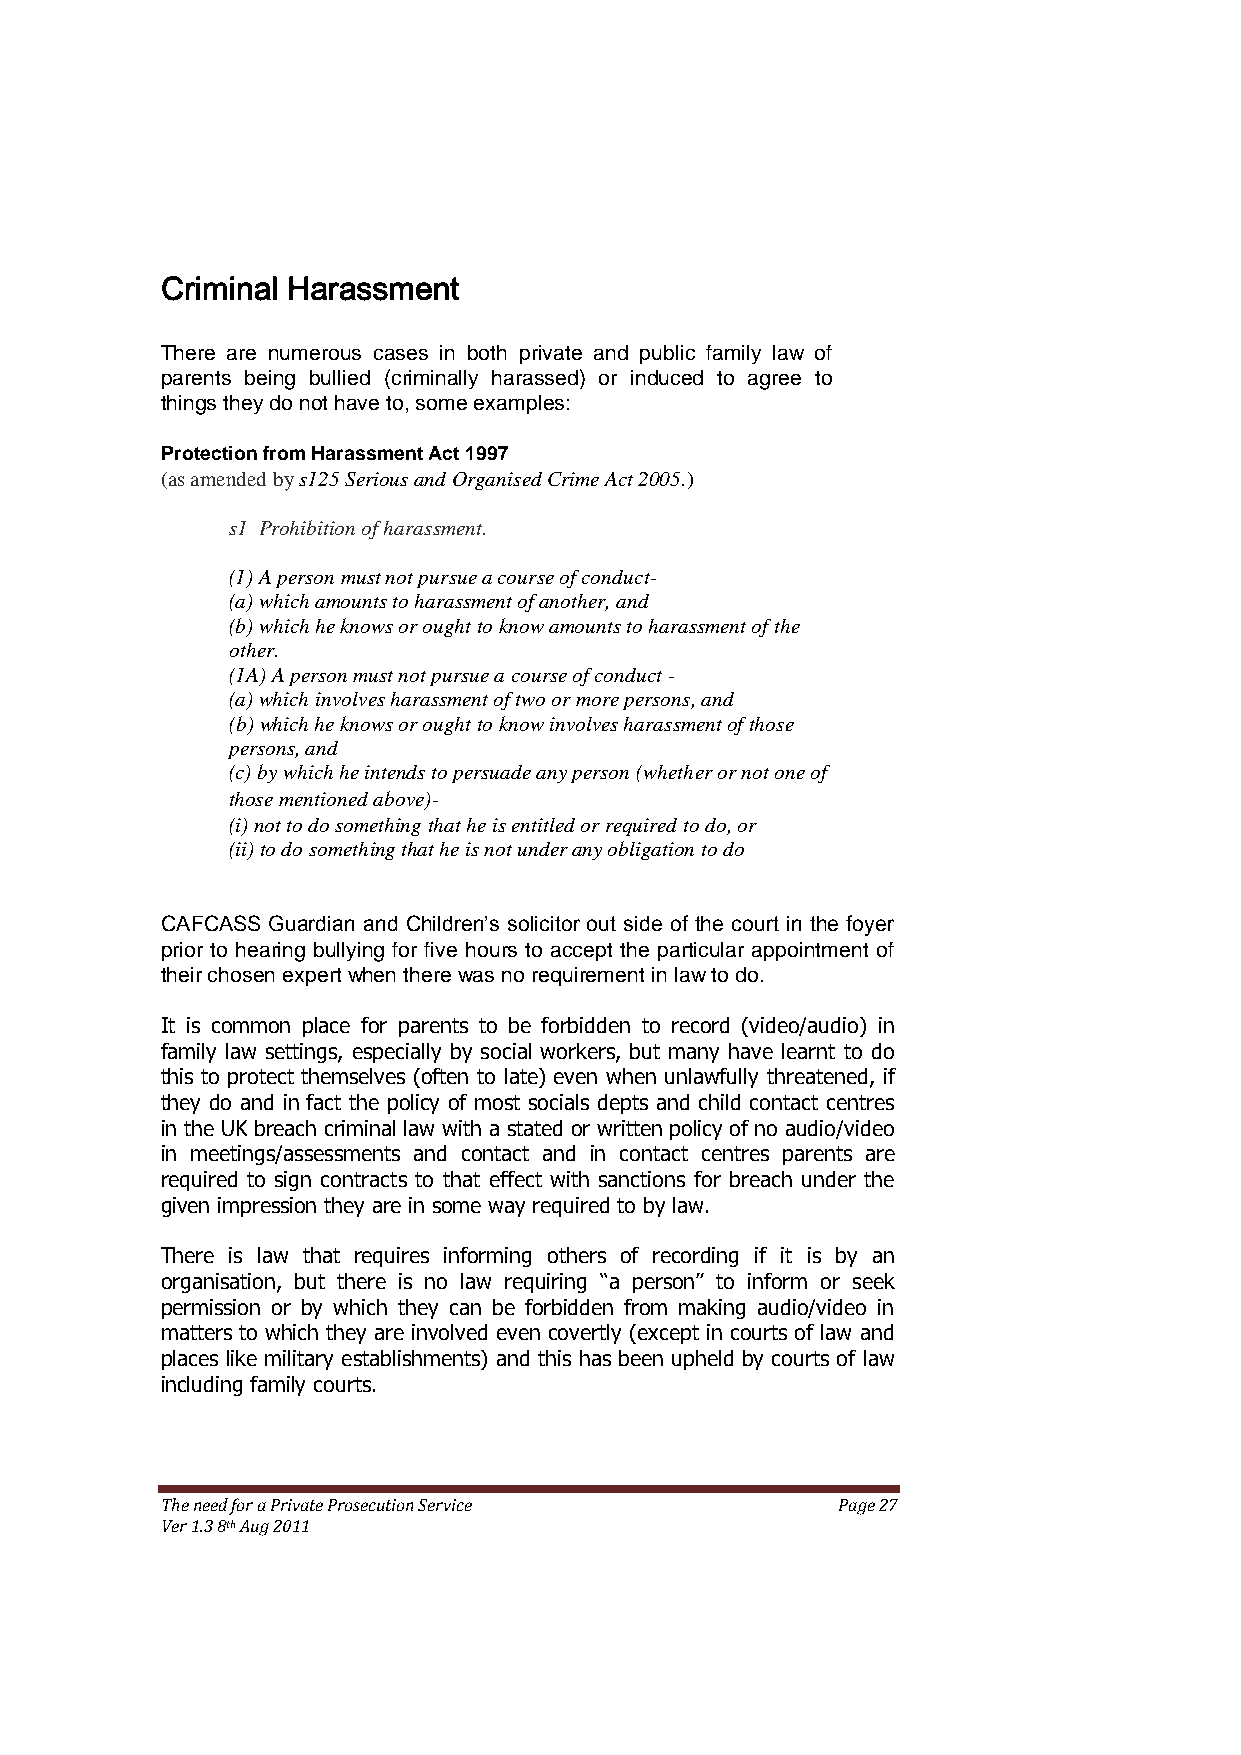
Criminal Harassment
 There are numerous cases in both private and public family law of
 parents being bullied (criminally harassed) or induced to agree to
 things they do not have to, some examples:
 Protection from Harassment Act 1997
 (as amended by s125 Serious and Organised Crime Act 2005.)
 s1 Prohibition of harassment.
 (1) A person must not pursue a course of conduct-
 (a) which amounts to harassment of another, and
 (b) which he knows or ought to know amounts to harassment of the
 other.
 (1A) A person must not pursue a course of conduct -
 (a) which involves harassment of two or more persons, and
 (b) which he knows or ought to know involves harassment of those
 persons, and
 (c) by which he intends to persuade any person (whether or not one of
 those mentioned above)-
 (i) not to do something that he is entitled or required to do, or
 (ii) to do something that he is not under any obligation to do
 CAFCASS Guardian and Children’s solicitor out side of the court in the foyer
 prior to hearing bullying for five hours to accept the particular appointment of
 their chosen expert when there was no requirement in law to do.
 It is common place for parents to be forbidden to record (video/audio) in
 family law settings, especially by social workers, but many have learnt to do
 this to protect themselves (often to late) even when unlawfully threatened, if
 they do and in fact the policy of most socials depts and child contact centres
 in the UK breach criminal law with a stated or written policy of no audio/video
 in meetings/assessments and contact and in contact centres parents are
 required to sign contracts to that effect with sanctions for breach under the
 given impression they are in some way required to by law.
 There is law that requires informing others of recording if it is by an
 organisation, but there is no law requiring ―a person‖ to inform or seek
 permission or by which they can be forbidden from making audio/video in
 matters to which they are involved even covertly (except in courts of law and
 places like military establishments) and this has been upheld by courts of law
 including family courts.
 The need for a Private Prosecution Service  Page 27
 Ver 1.3 8th Aug 2011